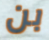
بن